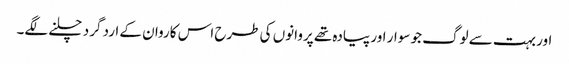
اور بہت سے لوگ جو سوار اور پیادہ تھے پروانوں کی طرح اس کاروان کے ارد گرد چلنے لگے۔